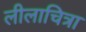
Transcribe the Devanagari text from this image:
लीलाचित्रा